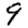
Digit: 9